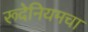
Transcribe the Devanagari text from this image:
रूदेनियमचा